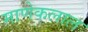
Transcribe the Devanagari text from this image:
माणेकलाल